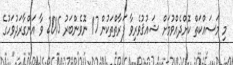
މި މަސައްކަތް ކޮށްދެއްވުމަށް ޝައުޤުވެރިވާ ފަރާތްތަކުން 17 ނޮވެންބަރު 2015 ވާ އަންގާރަދުވަހުގެ